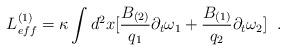
LaTeX: \begin{align*} L^{(1)}_{eff}=\kappa\int d^{2}x[\frac{B_{(2)}}{q_{1}}\partial_{t}\omega_{1} +\frac{B_{(1)}}{q_{2}}\partial_{t}\omega_{2}] \;\;.\end{align*}